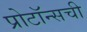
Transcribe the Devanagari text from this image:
प्रोटॉन्सची